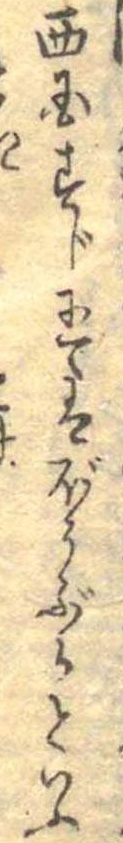
西国すじにてはぼうぶらといふ